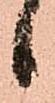
候